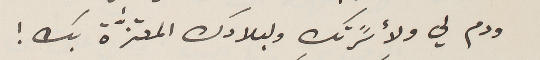
ودم لي ولأسًرتك ولبلادك المعتزﱣة بك !